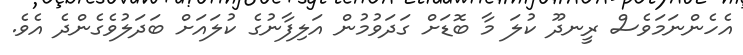
އެހެންނަމަވެސް ރީނދޫ ކުލަ މާ ބޮޑަށް ގަދަވުމުން އަލިފާނުގެ ކުލައަށް ބަދަލުވެގެންދެ އެވެ.